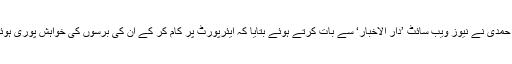
جوہرہ حمدی نے نیوز ویب سائٹ ’دار الاخبار‘ سے بات کرتے ہوئے بتایا کہ ایئرپورٹ پر کام کر کے ان کی برسوں کی خواہش پوری ہوئی ہے۔